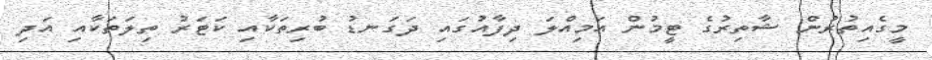
މީގެއިތުރުން ޝާތިރުގެ ޓީމުން އަމިއްލަ ދިފާއުގައި ދަގަނޑު ބުރިތަކާއި ކަޓަރު ތިލަތަކާއި އަދި